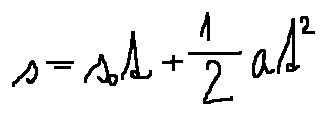
s = s _ { 0 } t + \frac { 1 } { 2 } a t ^ { 2 }